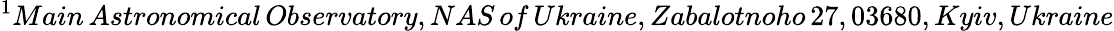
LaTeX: ^{1}Main\, Astronomical\, Observatory,NAS\, of\, Ukraine,Zabalotnoho\, 27,03680,Kyiv,Ukraine